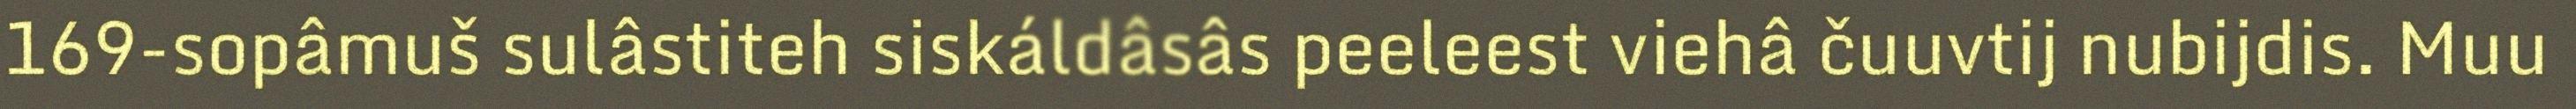
169-sopâmuš sulâstiteh siskáldâsâs peeleest viehâ čuuvtij nubijdis. Muu